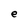
Character: e